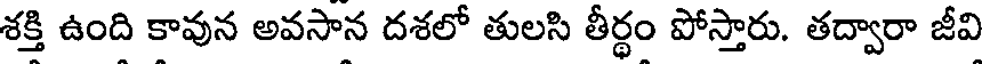
శక్తి ఉంది కావున అవసాన దశలో తులసి తీర్థం పోస్తారు. తద్వారా జీవి